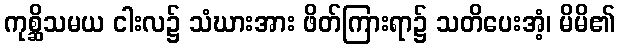
ကုစ္ဆိသမယ ငါးလ၌ သံဃားအား ဖိတ်ကြားရာ၌ သတိပေးအံ့၊ မိမိ၏